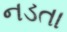
નડતા